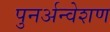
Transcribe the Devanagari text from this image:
पुनर्अन्वेशण